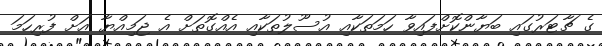
ގެ ޗާޓަރުގައި ބަޔާންކޮށްފައިވާ ހަމަތަކާއި އުސޫލުތަކާއި އެއްގޮތަށް އެ ޖަމިއްޔާ އަށް ފުރިހަމަ